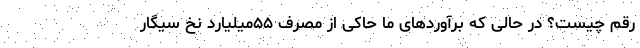
رقم چیست؟ در حالی که برآوردهای ما حاکی از مصرف ۵۵میلیارد نخ سیگار